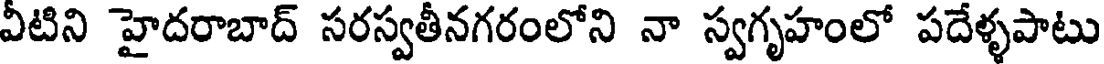
వీటిని హైదరాబాద్ సరస్వతీనగరంలోని నా స్వగృహంలో పదేళ్ళపాటు